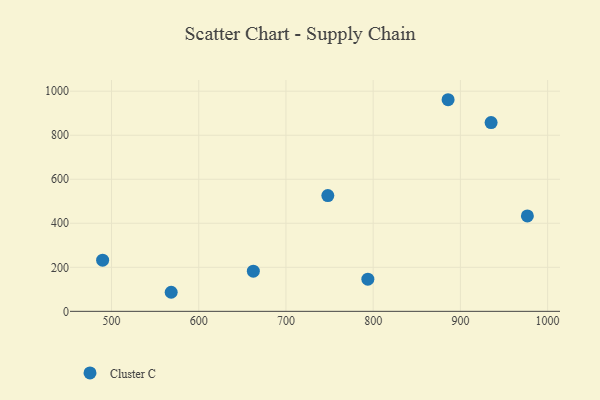
{"axis": {"x": "Ad Spend", "y": "Exam Score"}, "legend": ["Cluster C"], "data": [{"x": "885.9", "y": 961.3, "type": "Cluster C"}, {"x": "976.8", "y": 433.4, "type": "Cluster C"}, {"x": "489.8", "y": 232.6, "type": "Cluster C"}, {"x": "748.0", "y": 525.9, "type": "Cluster C"}, {"x": "662.6", "y": 182.5, "type": "Cluster C"}, {"x": "568.4", "y": 86.6, "type": "Cluster C"}, {"x": "935.2", "y": 857.3, "type": "Cluster C"}, {"x": "793.9", "y": 146.3, "type": "Cluster C"}]}